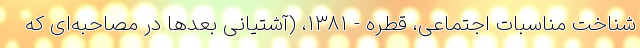
شناخت مناسبات اجتماعی، قطره - ۱۳۸۱، (آشتیانی بعدها در مصاحبه‌ای که